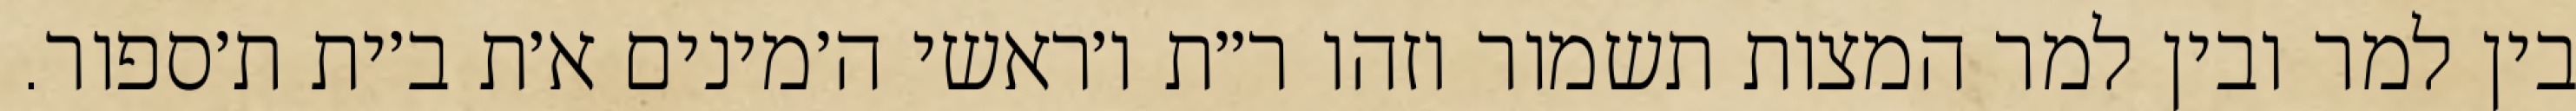
בין למר ובין למר המצות תשמור וזהו ר״ת ו׳ראשי ה׳מינים א׳ת ב׳ית ת׳ספור.